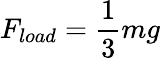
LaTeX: F_{load}=\frac{1}{3}mg